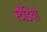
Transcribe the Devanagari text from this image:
स्टैडियो